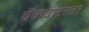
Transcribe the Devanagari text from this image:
बॅकवाटरचा